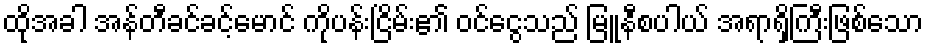
ထိုအခါ အန်တီခင်ခင့်မောင် ကိုပန်းငြိမ်း၏ ဝင်ငွေသည် မြူနီစပါယ် အရာရှိကြီးဖြစ်သော